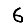
Digit: 6